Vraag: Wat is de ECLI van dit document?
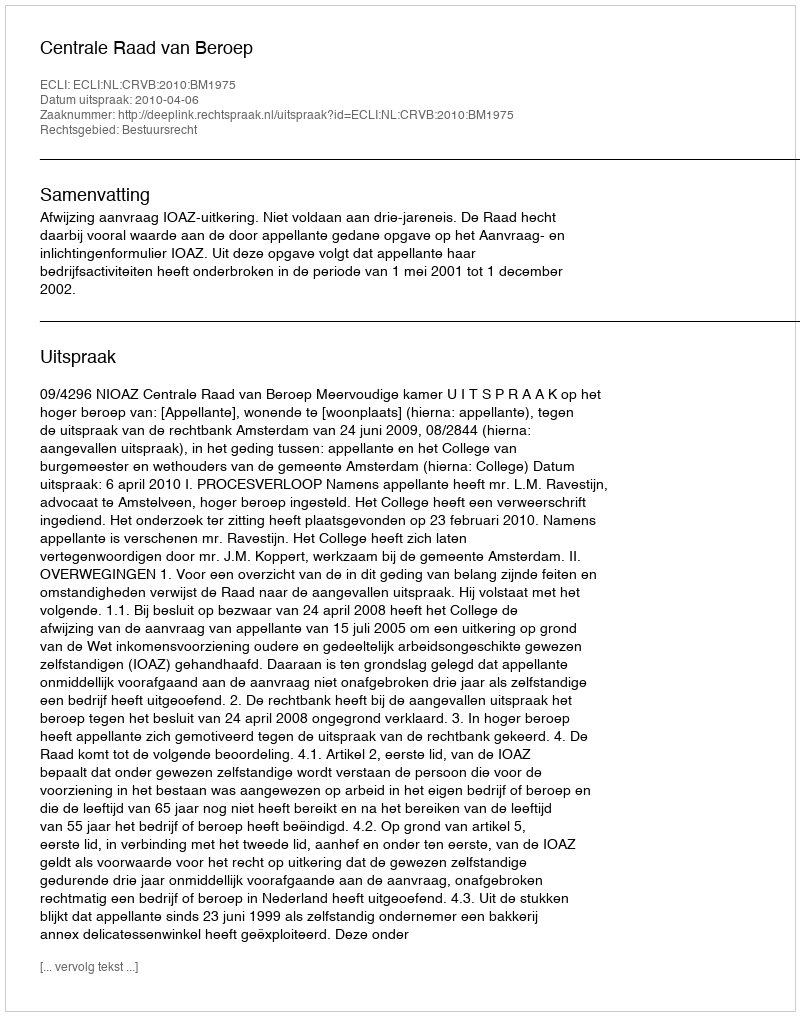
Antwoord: ECLI:NL:CRVB:2010:BM1975